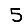
Digit: 5